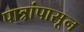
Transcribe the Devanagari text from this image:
पात्रांपासून